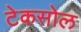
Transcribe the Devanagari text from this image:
टेकसोल